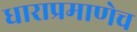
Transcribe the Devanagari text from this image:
धाराप्रमाणेच